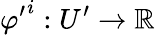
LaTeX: {\varphi^{\prime}}^{i}:U^{\prime}\to\mathbb{R}